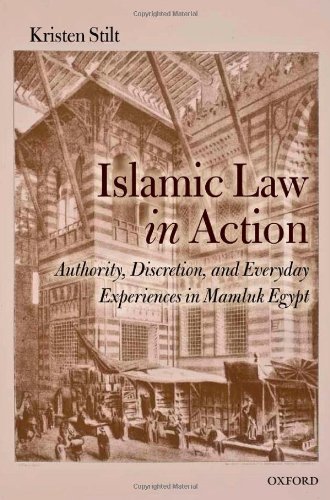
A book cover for Islamic Law in Action: Authority, Discretion, and Everyday Experiences in Mamluk Egypt; Kristen Stilt; Religion & Spirituality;